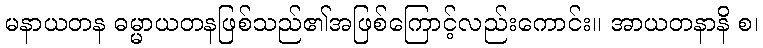
မနာယတန ဓမ္မာယတနဖြစ်သည်၏အဖြစ်ကြောင့်လည်းကောင်း။ အာယတနာနိ စ၊